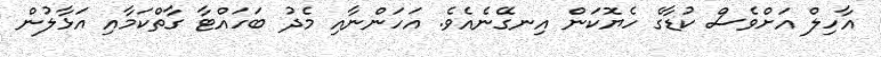
އާހިލް އަށްވެސް ކުޑާގެ ހެޔޮކަން އިނގޭނެއެވެ. އަހަންނާއި މެދު ބަހައްޓާ ގާތްކަމާއި އަޅާލުން